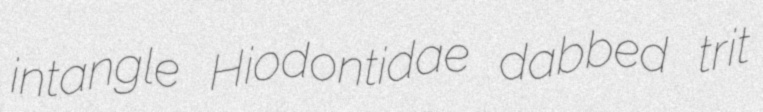
intangle Hiodontidae dabbed trit